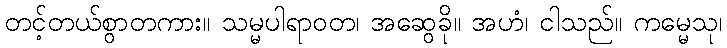
တင့်တယ်စွာတကား။ သမ္မပါရာဝတ၊ အဆွေခို။ အဟံ၊ ငါသည်။ ကမ္မေသု၊